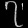
Digit: ၇